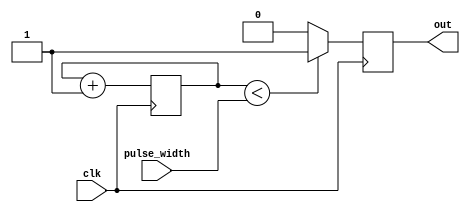
module DutyCyclePulseGenerator (
   input wire clk, // Clock input for synchronization
   input wire [7:0] pulse_width, // Pulse width control input
   output reg out // Output signal for generated pulses
);

reg [7:0] counter;

always @(posedge clk) begin
   if (counter < pulse_width) begin
      out <= 1;
   end else begin
      out <= 0;
   end
   counter <= counter + 1;
end

endmodule